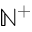
\mathbb { N } ^ { + }